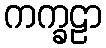
ကက္ခဠာ